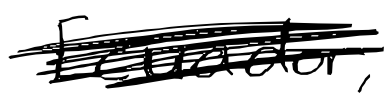
Text: Ecuador,
Cross-out: scratch
Writing tool: digital_black